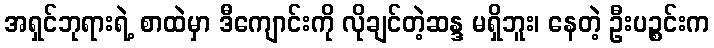
အရှင်ဘုရားရဲ့ စာထဲမှာ ဒီကျောင်းကို လိုချင်တဲ့ဆန္ဒ မရှိဘူး၊ နေတဲ့ ဦးပဉ္စင်းက